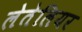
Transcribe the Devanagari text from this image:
लेतेलियर